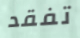
تفقد